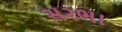
સરભા